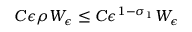
C \epsilon \rho W _ { \epsilon } \le C \epsilon ^ { 1 - \sigma _ { 1 } } W _ { \epsilon }